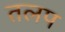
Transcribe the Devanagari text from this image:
तलप